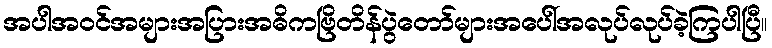
အပါအဝင်အများအပြားအဓိကဗြိတိန်ပွဲတော်များအပေါ်အလုပ်လုပ်ခဲ့ကြပါပြီ။